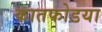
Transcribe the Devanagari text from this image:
कातफोडया